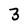
Character: 3